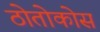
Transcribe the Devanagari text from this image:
ठोतोकोस